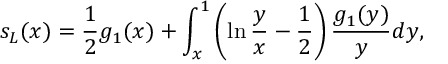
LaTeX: s _ { L } ( x ) = \frac { 1 } { 2 } g _ { 1 } ( x ) + \int _ { x } ^ { 1 } \left( \ln \frac { y } { x } - \allowbreak \frac { 1 } { 2 } \right) \frac { g _ { 1 } ( y ) } { y } d y ,